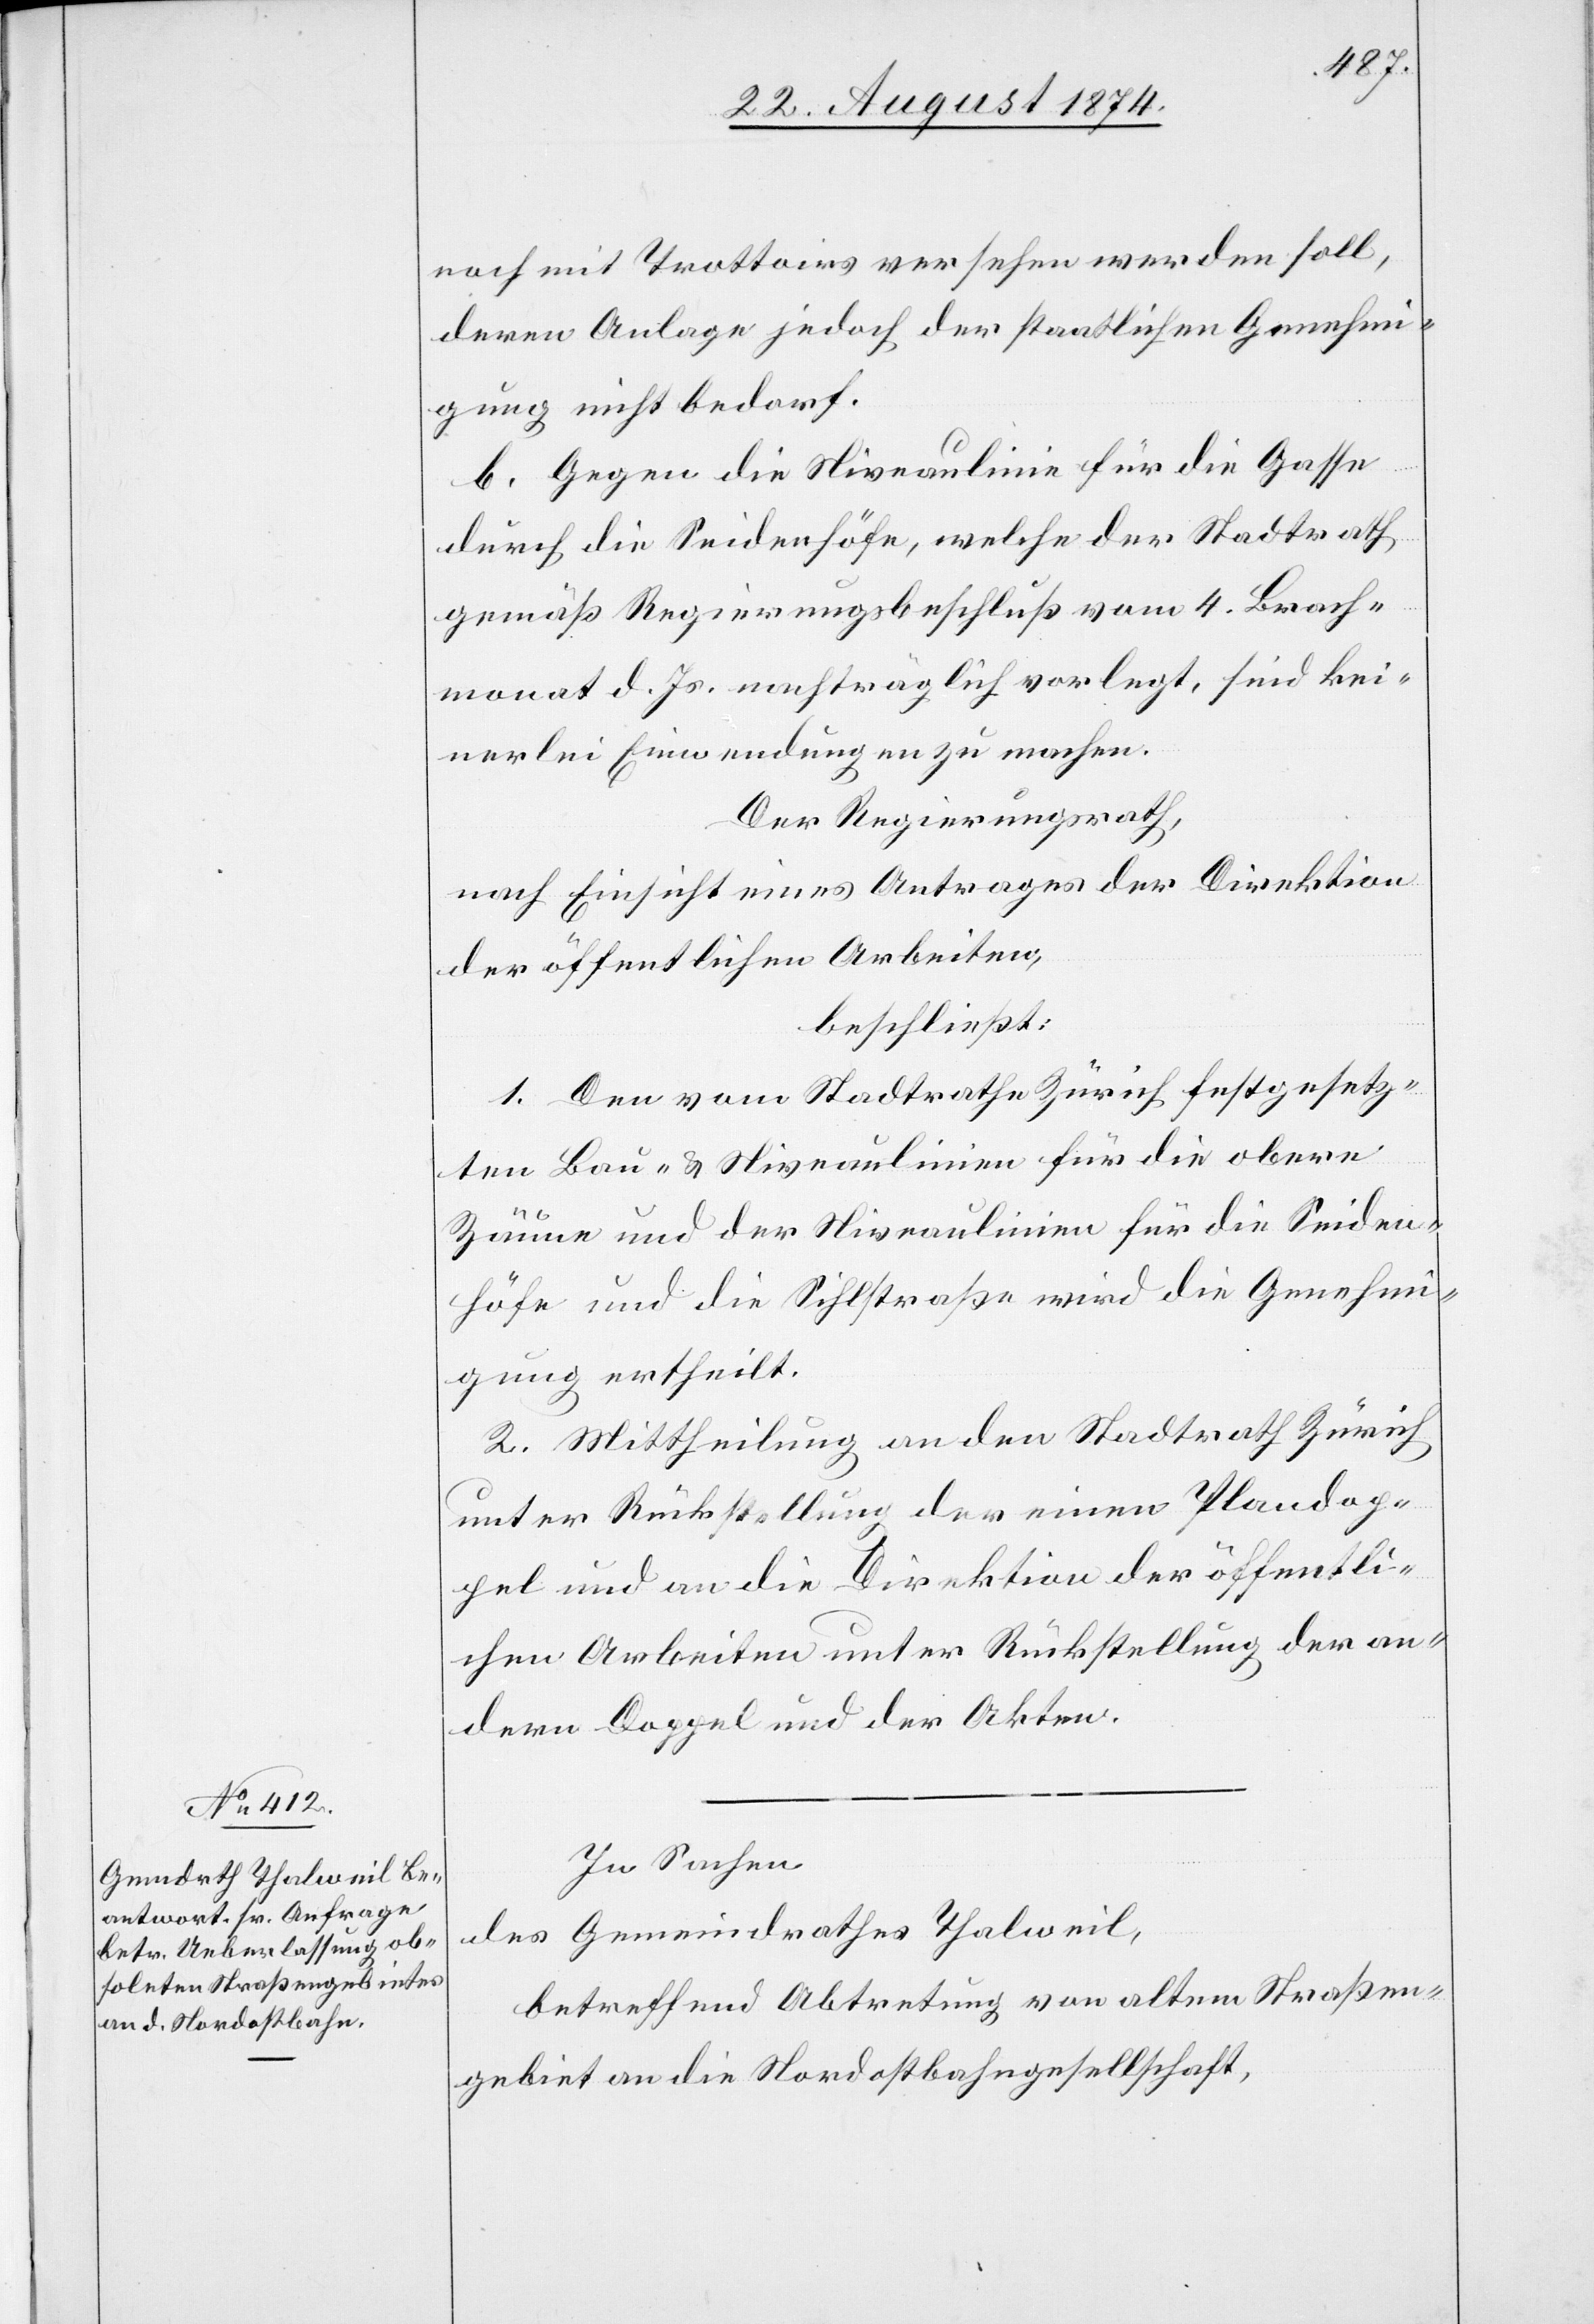
noch mit Trottoirs versehen werden soll,
deren Anlage jedoch der staatlichen Genehmi¬
gung nicht bedarf.
b. Gegen die Niveaulinie für die Gasse
durch die Seidenhöfe, welche der Stadtrath
gemäß Regierungsbeschluß vom 4. Brach¬
monat d. Js. nachträglich vorlegt, sind kei¬
nerlei Einwendungen zu machen.
Der Regierungsrath,
nach Einsicht eines Antrages der Direktion
der öffentlichen Arbeiten,
beschließt:
1. Den vom Stadtrath Zürich festgesetz¬
ten Bau- u. Niveaulinien für die obere
Zäune und der Niveaulinien für die Seiden¬
höfe und die Sihlstraße wird die Genehmi¬
gung ertheilt.
2. Mittheilung an den Stadtrath Zürich
unter Rückstellung der einen Plandop¬
pel und an die Direktion der öffentli¬
chen Arbeiten unter Rückstellung der an¬
dern Doppel und der Akten.
In Sachen
des Gemeindrathes Thalweil,
betreffend Abtretung von altem Straßen¬
gebiet an die Nordostbahngesellschaft,